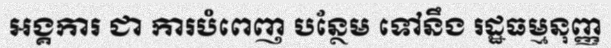
អង្គការ ជា ការបំពេញ បន្ថែម ទៅនឹង រដ្ឋធម្មនុញ្ញ